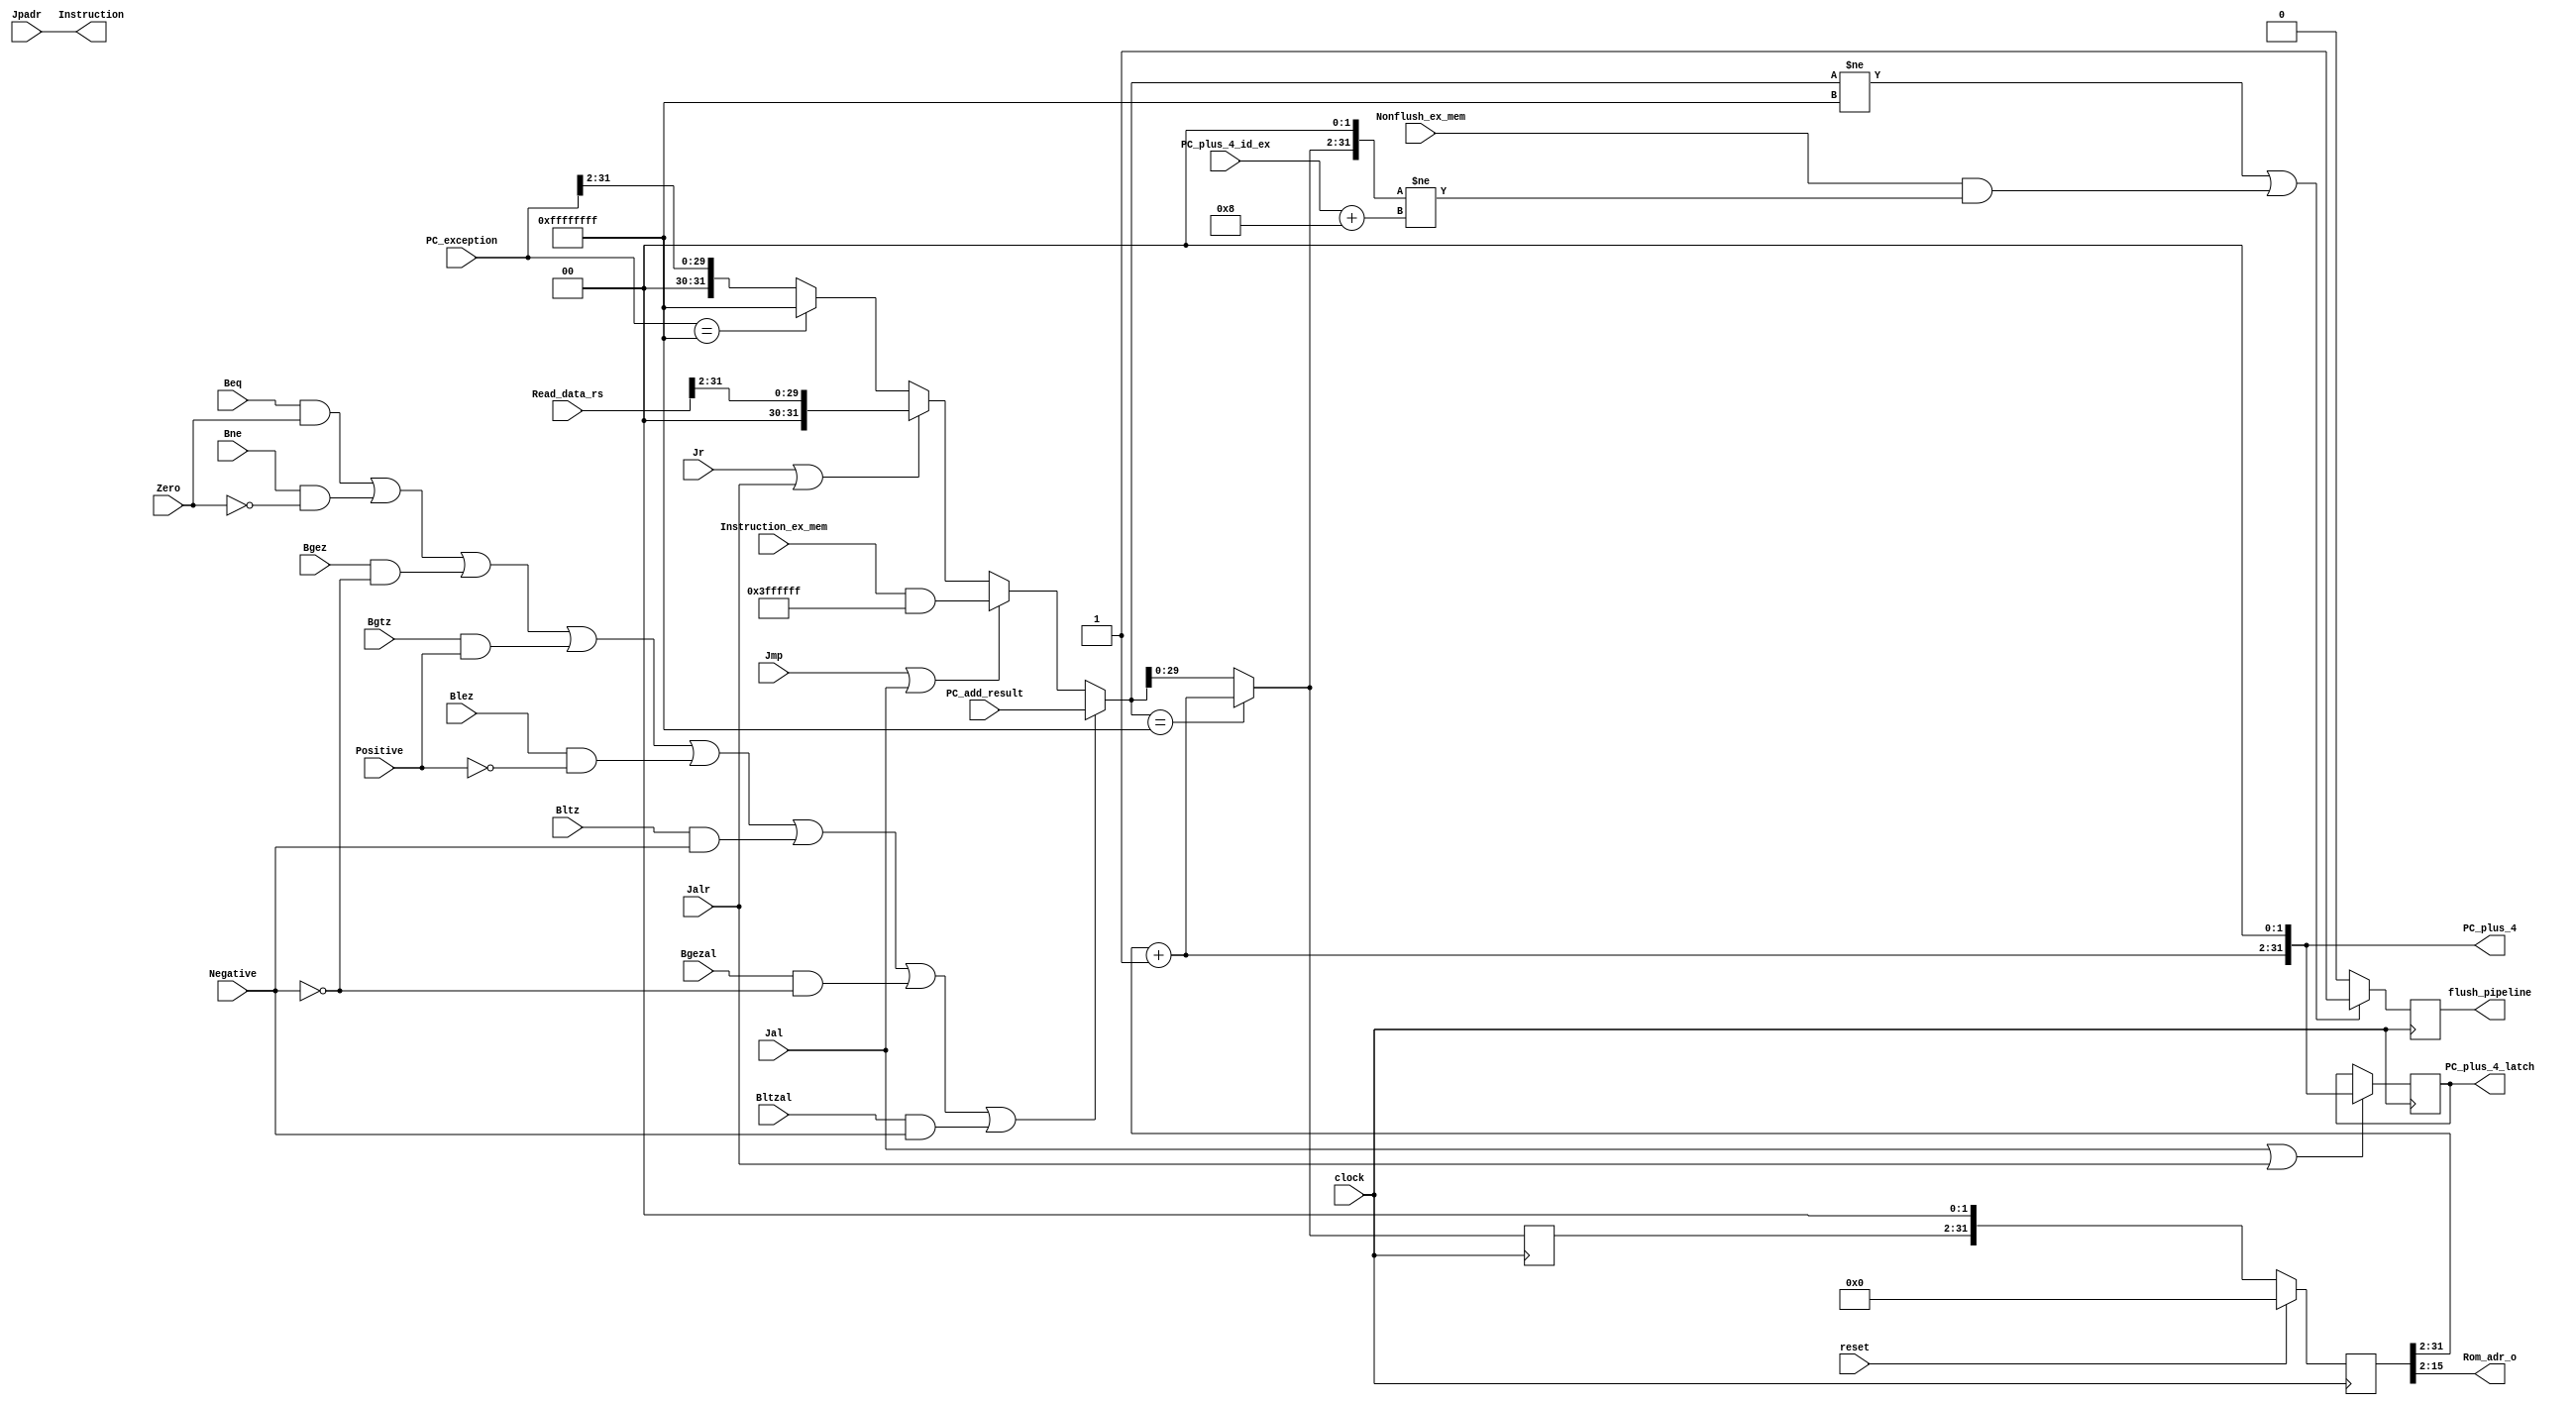
`timescale 1ns / 1ps
//////////////////////////////////////////////////////////////////////////////////
// Module: 
// Function:    1. inst_mem
//              2. next_PC
//              3. PCidecodePC+4
//////////////////////////////////////////////////////////////////////////////////


module Ifetch(
    Instruction,Instruction_ex_mem,
    PC_plus_4,PC_plus_4_latch,
    clock,reset,
    Jr,Jalr,Jmp,Jal,
    Beq,Bne,Bgez,Bgtz,Blez,Bltz,Bgezal,Bltzal,
    Zero,Positive,Negative,
    PC_add_result,Read_data_rs,
    Rom_adr_o,Jpadr,
    PC_exception,
    Nonflush_ex_mem,PC_plus_4_id_ex,flush_pipeline
    );
    
    output[31:0]    Instruction;
    input[31:0]     Instruction_ex_mem;                     //EX/MEMPC
    output[31:0]    PC_plus_4;                              //PC+4execute
    output[31:0]    PC_plus_4_latch;                        //jal/jalrPC+4idecode
    
    input   clock;
    input   reset;
    input   Jr,Jalr,Jmp,Jal;
    input   Beq,Bne,Bgez,Bgtz,Blez,Bltz,Bgezal,Bltzal;
    input   Zero;                                           //executeZero
    input   Positive;                                       //executers
    input   Negative;                                       //executers
    input[31:0] PC_add_result;                              //executePC+4+offset<<2
    input[31:0] Read_data_rs;                               //idecode(rs)
    
    //RAMROM
    output[13:0]    Rom_adr_o;                              //
    input[31:0] Jpadr;                                      //
    
    input[31:0] PC_exception;                               ///EPC
    
    input   Nonflush_ex_mem;
    input[31:0] PC_plus_4_id_ex;
    output  flush_pipeline;
    
    wire[31:0]  Instruction;
    
    reg[31:0]   PC;
    reg[31:0]   jump_PC;                                    //32'hFFFFFFFF
    reg[31:0]   next_PC;
    reg[31:0]   PC_plus_4_latch;
    
    reg         flush_pipeline;
    
/*  ROM
    //64KB ROM
    inst_mem inst_mem(
        .clka(clock),
        .addra(PC[15:2]),
        .douta(Instruction)                                 //
    );
*/
    
    //64KB RAMROM
    assign Rom_adr_o = PC[15:2];
    assign Instruction = Jpadr;
    
    assign PC_plus_4 = {PC[31:2] + 1'b1,2'b00};
    
    //next_PC2PC
    always @(posedge clock)
    begin
        jump_PC = (Beq && Zero) || (Bne && !Zero) ||
                  (Bgez && !Negative) || (Bgtz && Positive) ||
                  (Blez && !Positive) || (Bltz && Negative) ||
                  (Bgezal && !Negative) || (Bltzal && Negative)
                  ? PC_add_result
                  : (
                        Jmp || Jal
                        ? Instruction_ex_mem & 32'h03FFFFFF
                        : (
                              Jr || Jalr
                              ? Read_data_rs >> 2
                              : (
                                    PC_exception == 32'hFFFFFFFF
                                    ? 32'hFFFFFFFF
                                    : PC_exception >> 2
                                )
                          )
                    );
        next_PC = (jump_PC == 32'hFFFFFFFF) ? PC_plus_4 >> 2 : jump_PC;
        flush_pipeline = (
                             jump_PC != 32'hFFFFFFFF ||
                             (Nonflush_ex_mem && (next_PC << 2) != PC_plus_4_id_ex + 8)
                         )
                         ? 1'b1 : 1'b0;
    end
    
    //PC
    always @(negedge clock)
    begin
        if (Jal || Jalr)
            PC_plus_4_latch = PC_plus_4;                    //PCPC+4
        PC = reset ? 32'h00000000 : next_PC << 2;
    end
    
endmodule